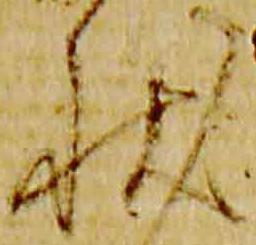
状